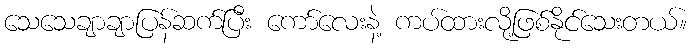
သေသေချာချာပြန်ဆက်ပြီး ကော်လေးနဲ့ ကပ်ထားလို့ဖြစ်နိုင်သေးတယ်။